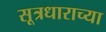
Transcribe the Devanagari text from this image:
सूत्रधाराच्या